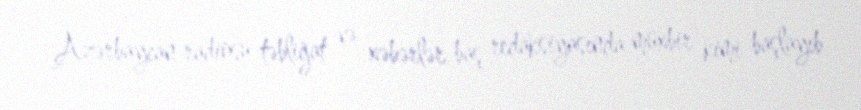
Azərbaycan radiosu təbliğat və xəbərlər baş redaksiyasında müxbir kimi başlayıb